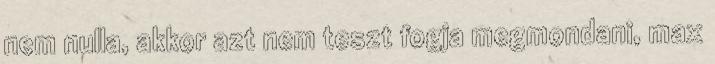
nem nulla, akkor azt nem teszt fogja megmondani, max